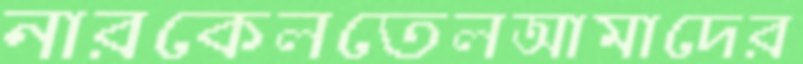
নারকেলতেলআমাদের